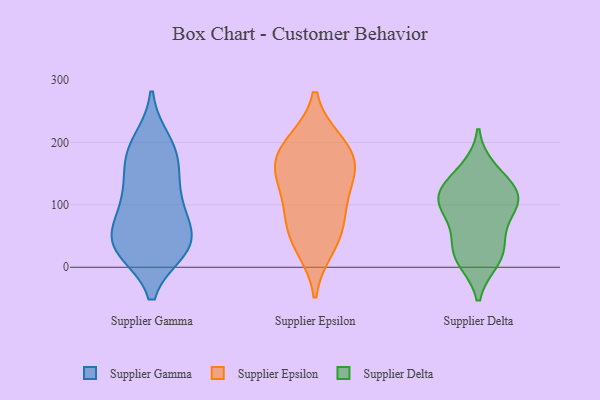
{"axis": {"x": "Bounce Rate (%)", "y": "Value"}, "legend": ["Supplier Delta", "Supplier Epsilon", "Supplier Gamma"], "data": [{"x": "", "y": 41, "type": "Supplier Gamma"}, {"x": "", "y": 106, "type": "Supplier Gamma"}, {"x": "", "y": 186, "type": "Supplier Gamma"}, {"x": "", "y": 172, "type": "Supplier Gamma"}, {"x": "", "y": 35, "type": "Supplier Gamma"}, {"x": "", "y": 102, "type": "Supplier Gamma"}, {"x": "", "y": 30, "type": "Supplier Gamma"}, {"x": "", "y": 109, "type": "Supplier Gamma"}, {"x": "", "y": 163, "type": "Supplier Gamma"}, {"x": "", "y": 43, "type": "Supplier Gamma"}, {"x": "", "y": 47, "type": "Supplier Gamma"}, {"x": "", "y": 200, "type": "Supplier Gamma"}, {"x": "", "y": 34, "type": "Supplier Gamma"}, {"x": "", "y": 149, "type": "Supplier Epsilon"}, {"x": "", "y": 78, "type": "Supplier Epsilon"}, {"x": "", "y": 164, "type": "Supplier Epsilon"}, {"x": "", "y": 170, "type": "Supplier Epsilon"}, {"x": "", "y": 200, "type": "Supplier Epsilon"}, {"x": "", "y": 49, "type": "Supplier Epsilon"}, {"x": "", "y": 32, "type": "Supplier Epsilon"}, {"x": "", "y": 134, "type": "Supplier Epsilon"}, {"x": "", "y": 198, "type": "Supplier Epsilon"}, {"x": "", "y": 93, "type": "Supplier Epsilon"}, {"x": "", "y": 24, "type": "Supplier Delta"}, {"x": "", "y": 105, "type": "Supplier Delta"}, {"x": "", "y": 25, "type": "Supplier Delta"}, {"x": "", "y": 155, "type": "Supplier Delta"}, {"x": "", "y": 13, "type": "Supplier Delta"}, {"x": "", "y": 110, "type": "Supplier Delta"}, {"x": "", "y": 133, "type": "Supplier Delta"}, {"x": "", "y": 67, "type": "Supplier Delta"}, {"x": "", "y": 104, "type": "Supplier Delta"}, {"x": "", "y": 110, "type": "Supplier Delta"}]}